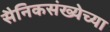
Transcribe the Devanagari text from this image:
सैनिकसंख्येच्या